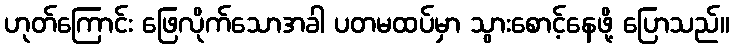
ဟုတ်ကြောင်း ဖြေလိုက်သောအခါ ပတမထပ်မှာ သွားစောင့်နေဖို့ ပြောသည်။